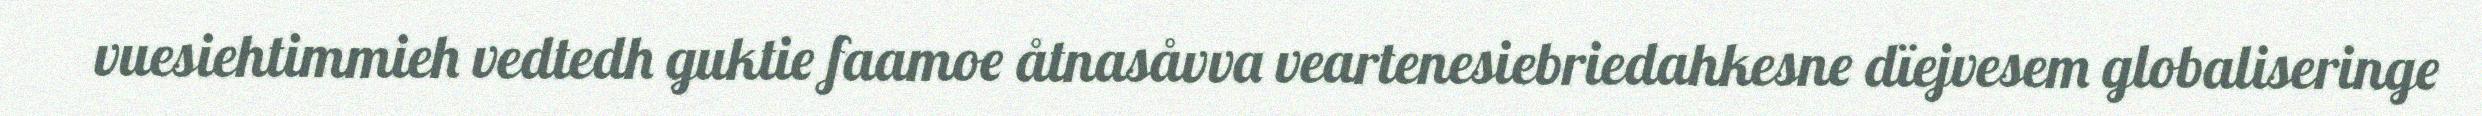
vuesiehtimmieh vedtedh guktie faamoe åtnasåvva veartenesiebriedahkesne dïejvesem globaliseringe